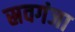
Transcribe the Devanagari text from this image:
स्रवगंजा